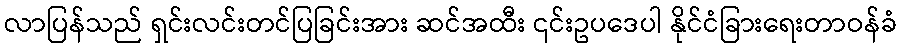
လာပြန်သည် ရှင်းလင်းတင်ပြခြင်းအား ဆင်အထီး ၎င်းဥပဒေပါ နိုင်ငံခြားရေးတာဝန်ခံ